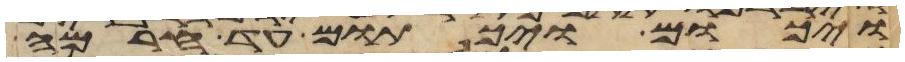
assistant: ויכום ויכתום עד חרמה